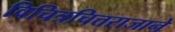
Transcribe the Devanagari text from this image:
विचित्रचित्तराजाने